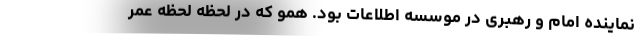
نماینده امام و رهبری در موسسه اطلاعات بود. همو که در لحظه لحظه عمر